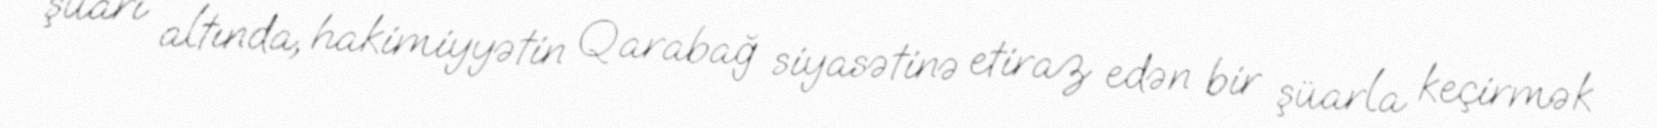
şüarı altında, hakimiyyətin Qarabağ siyasətinə etiraz edən bir şüarla keçirmək